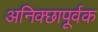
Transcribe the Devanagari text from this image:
अनिक्छापूर्वक